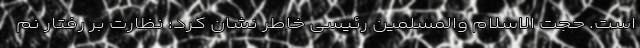
است. حجت الاسلام والمسلمین رئیسی خاطر نشان کرد: نظارت بر رفتار نم